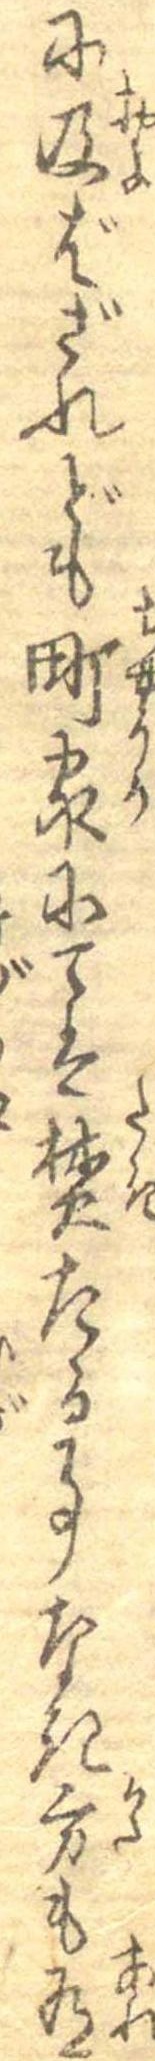
に及ばざれども町家にては焚たる事なき方も有